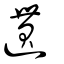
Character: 遦